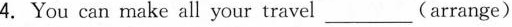
4.You can make all your travel ___ (arrange)